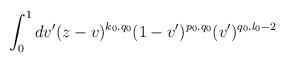
LaTeX: \begin{align*}\int _{0} ^{1} dv'(z-v)^{k_{0}.q_{0}}(1-v')^{p_{0}.q_{0}}(v')^{q_{0}.l_{0}-2}\end{align*}